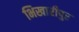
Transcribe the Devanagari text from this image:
भिखारीपुर